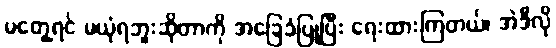
မတွေ့ရင် မယုံရဘူးဆိုတာကို အခြေခံပြုပြီး ရေးထားကြတယ်၊ အဲဒီလို